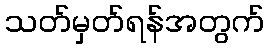
သတ်မှတ်ရန်အတွက်